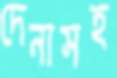
দেনাসহ